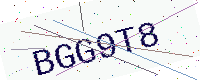
Text: BGG9T8